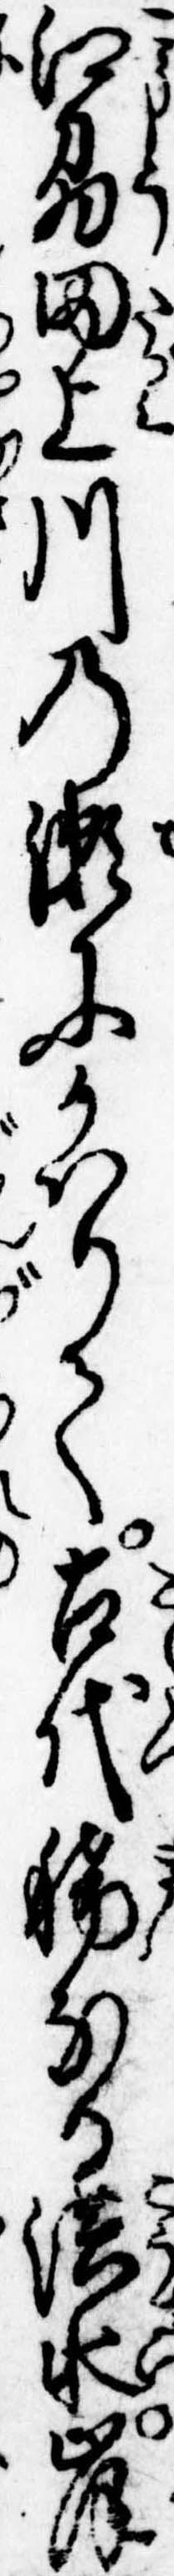
江刕田上川の瀬にかはりて古代稀なる洪水岸